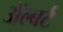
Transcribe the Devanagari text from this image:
अॅल्बर्ट